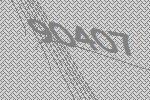
90407